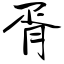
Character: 胥